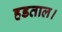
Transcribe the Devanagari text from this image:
हडताल।